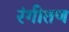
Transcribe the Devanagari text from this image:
रंगीतण